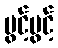
ပွင့်ပွင့်